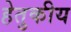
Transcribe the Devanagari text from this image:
हेतुकीय